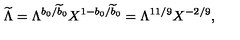
{ \widetilde \Lambda } = \Lambda ^ { b _ { 0 } / { \widetilde b } _ { 0 } } X ^ { 1 - b _ { 0 } / { \widetilde b } _ { 0 } } = \Lambda ^ { 1 1 / 9 } X ^ { - 2 / 9 } ,